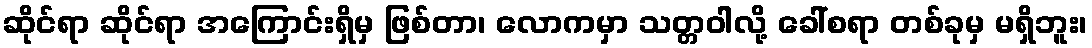
ဆိုင်ရာ ဆိုင်ရာ အကြောင်းရှိမှ ဖြစ်တာ၊ လောကမှာ သတ္တဝါလို့ ခေါ်စရာ တစ်ခုမှ မရှိဘူး၊